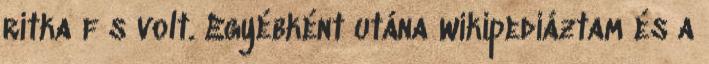
ritka f s volt. Egyébként utána wikipediáztam és a